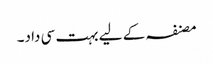
مصنفہ کے لیے بہت سی داد۔